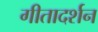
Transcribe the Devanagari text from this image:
गीतादर्शन